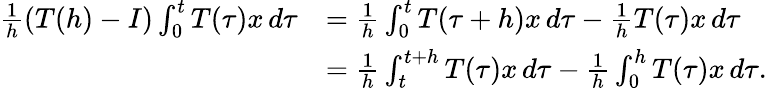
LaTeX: \begin{array}{rl}{\frac{1}{h}(T(h)-I)\int_{0}^{t}T(\tau)x\, d\tau}&{=\frac{1}{h}\int_{0}^{t}T(\tau+h)x\, d\tau-\frac{1}{h}T(\tau)x\, d\tau}\\ &{=\frac{1}{h}\int_{t}^{t+h}T(\tau)x\, d\tau-\frac{1}{h}\int_{0}^{h}T(\tau)x\, d\tau.}\end{array}